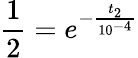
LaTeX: \frac{1}{2}=e^{-\frac{t_{2}}{10^{-4}}}